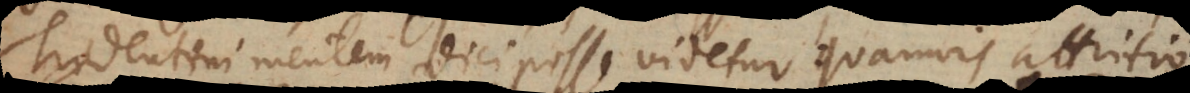
Tridentini mentem dici posse videtur: quamvis attritio